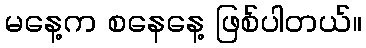
မနေ့က စနေနေ့ ဖြစ်ပါတယ်။